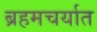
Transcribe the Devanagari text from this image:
ब्रहमचर्यात